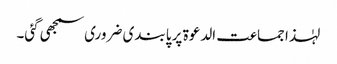
لہٰذا جماعت الدعوۃ پر پابندی ضروری سمجھی گئی۔